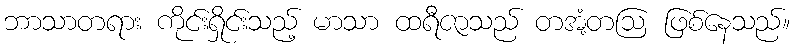
ဘာသာတရား ကိုင်းရှိုင်းသည့် မာသာ ထရီဇာသည် တအံ့တဩ ဖြစ်နေသည်။